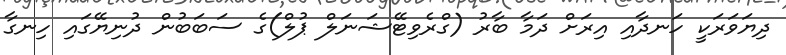
ދިޔަވަރަކީ ހަނދާއި އިރަށް ދަމާ ބާރު (ގްރެވިޓޭޝަނަލް ޕުލް)ގެ ސަބަބުން ދުނިޔޭގައި ހިނގާ